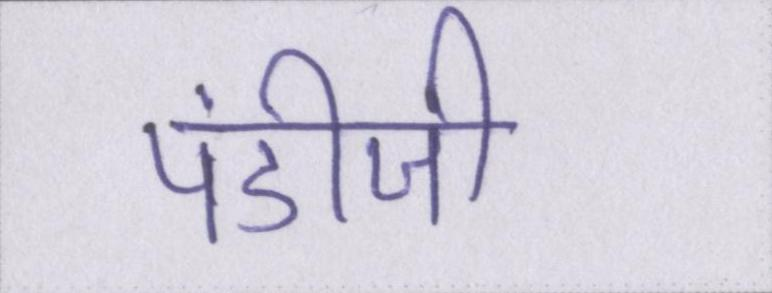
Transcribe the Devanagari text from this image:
पंडीजी